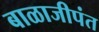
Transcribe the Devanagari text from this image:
बाळाजीपंत